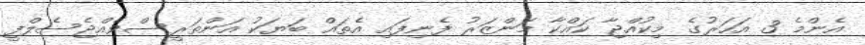
އެންމެ 3 އަހަރުގެ މިކުއްޖާ ކައްކާ މަންޒަރު ފެނިފައި އެތައް ބަޔަކު އަންތަރީސްވެއްޖެސެލްފީ